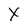
Character: X